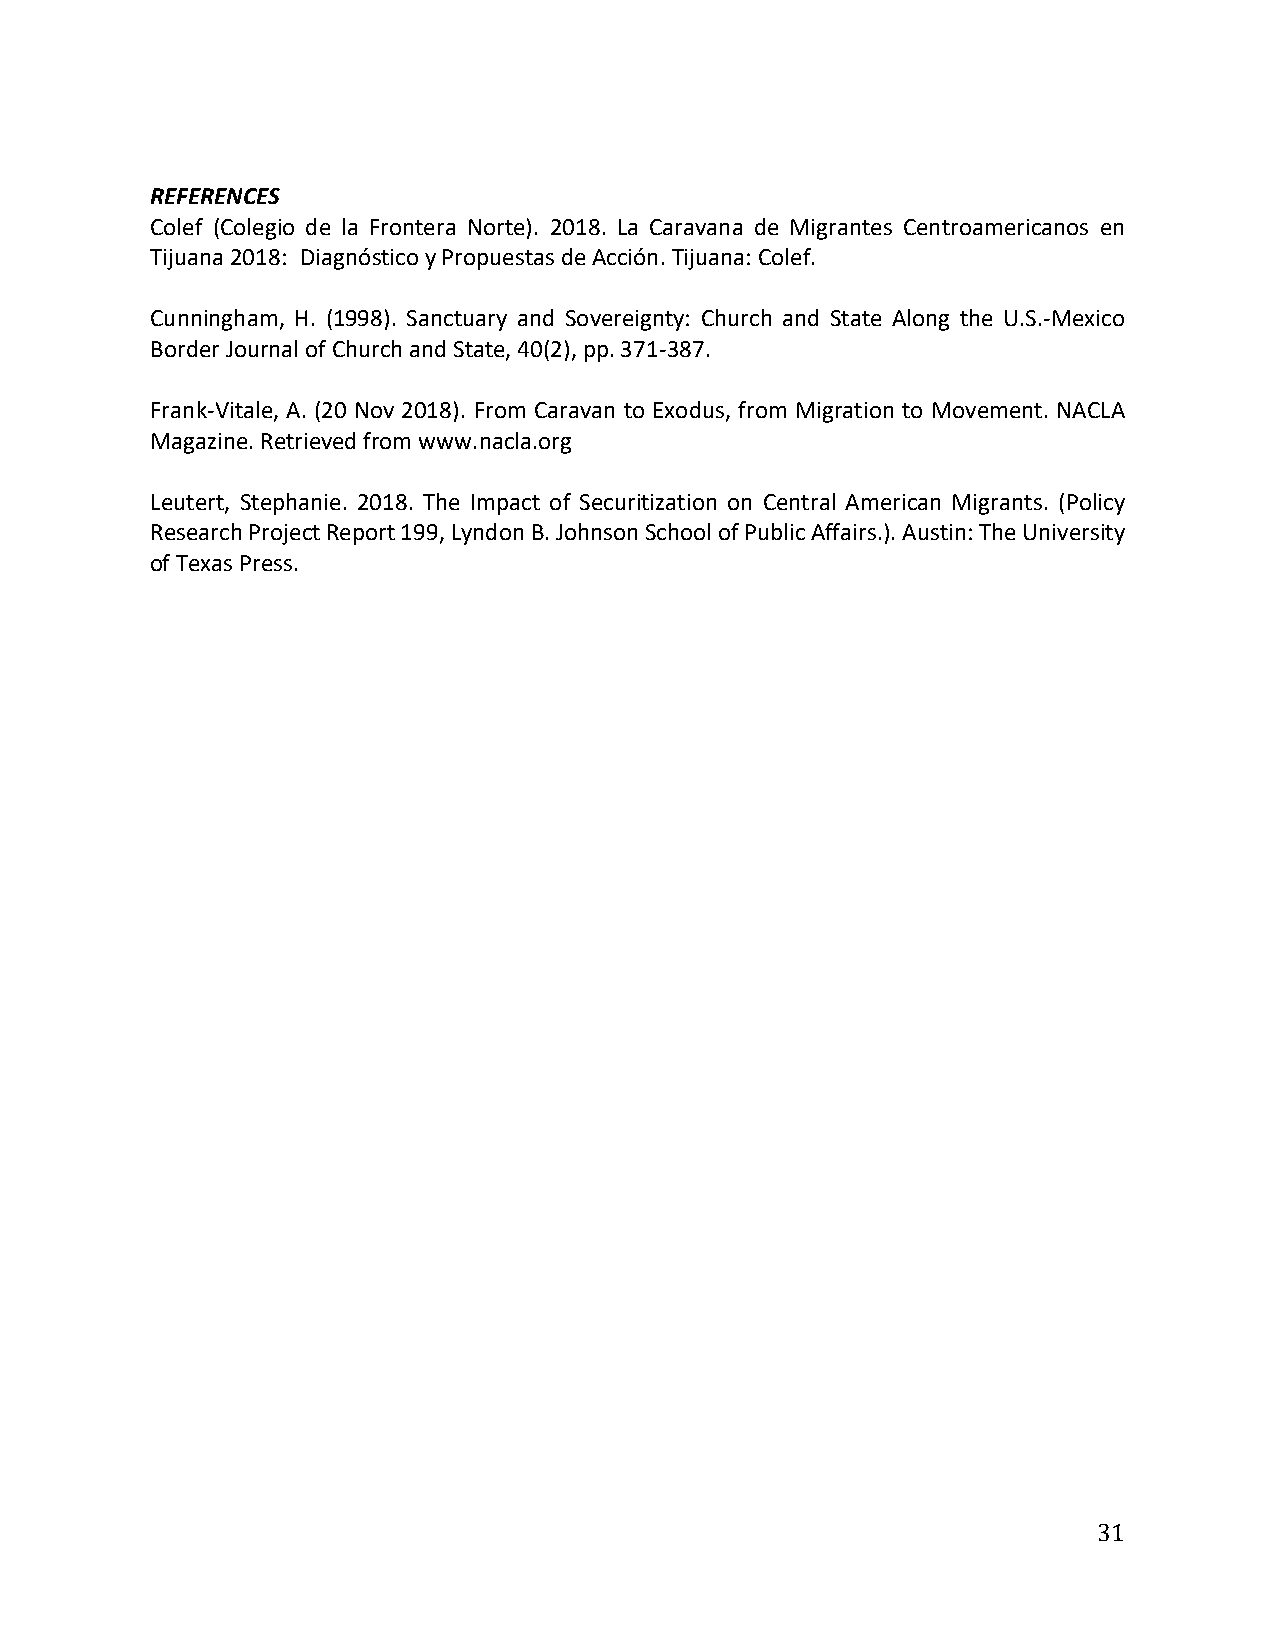
REFERENCES
 Colef (Colegio de la Frontera Norte). 2018. La Caravana de Migrantes Centroamericanos en
 Tijuana 2018: Diagnóstico y Propuestas de Acción. Tijuana: Colef.
 Cunningham, H. (1998). Sanctuary and Sovereignty: Church and State Along the U.S.-Mexico
 Border Journal of Church and State, 40(2), pp. 371-387.
 Frank-Vitale, A. (20 Nov 2018). From Caravan to Exodus, from Migration to Movement. NACLA
 Magazine. Retrieved from www.nacla.org
 Leutert, Stephanie. 2018. The Impact of Securitization on Central American Migrants. (Policy
 Research Project Report 199, Lyndon B. Johnson School of Public Affairs.). Austin: The University
 of Texas Press.
 31